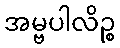
အမ္ဗပါလိဉ္စ